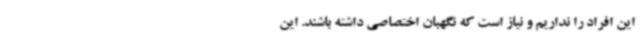
این افراد را نداریم و نیاز است که نگهبان اختصاصی داشته باشند. این